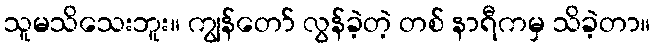
သူမသိသေးဘူး။ ကျွန်တော် လွန်ခဲ့တဲ့ တစ် နာရီကမှ သိခဲ့တာ။